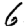
Digit: 6